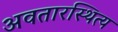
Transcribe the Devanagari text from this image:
अवतारस्थित्य